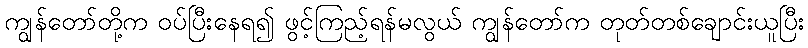
ကျွန်တော်တို့က ဝပ်ပြီးနေရ၍ ဖွင့်ကြည့်ရန်မလွယ် ကျွန်တော်က တုတ်တစ်ချောင်းယူပြီး